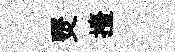
燹擡